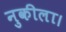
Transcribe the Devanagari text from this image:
नुकीला।